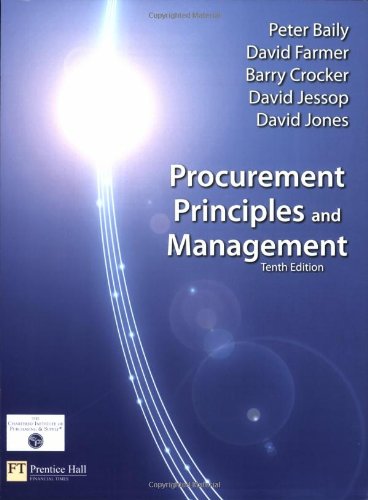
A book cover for Procurement, Principles & Management (10th Edition); Peter Baily; Business & Money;